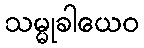
သမ္မုခါယေဝ